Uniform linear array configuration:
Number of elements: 4
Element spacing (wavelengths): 1
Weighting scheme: hamming
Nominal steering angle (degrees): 30
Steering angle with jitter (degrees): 28.219
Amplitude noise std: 0.05
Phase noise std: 0.05

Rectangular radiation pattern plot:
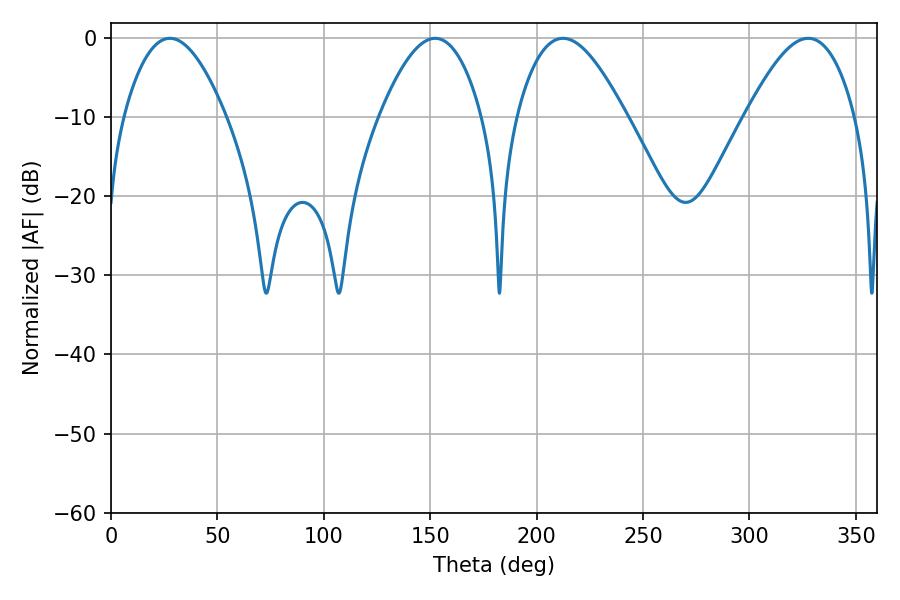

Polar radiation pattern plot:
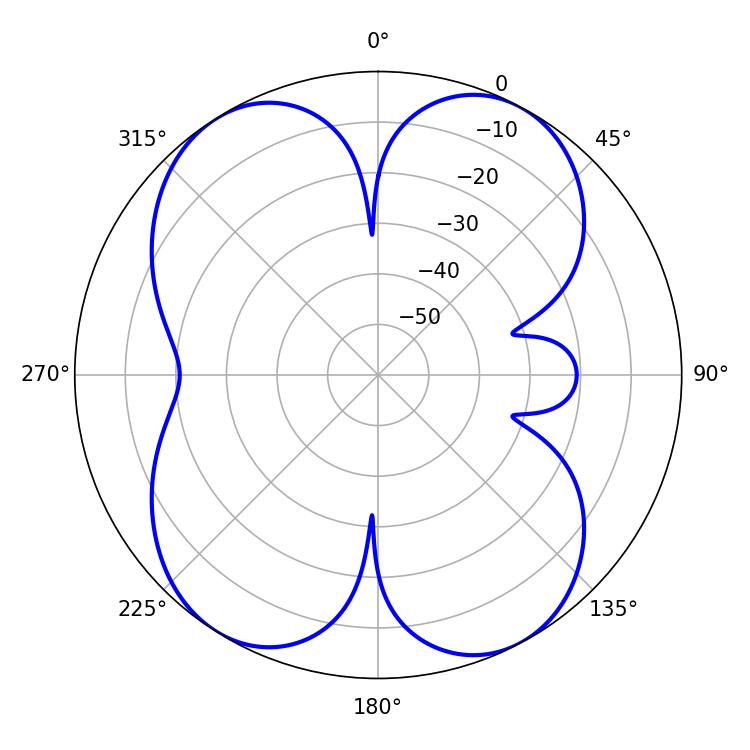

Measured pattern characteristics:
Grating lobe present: TRUE
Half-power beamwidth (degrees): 27.72
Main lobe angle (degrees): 212.4